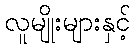
လူမျိုးများနှင့်